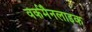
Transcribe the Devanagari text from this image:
वर्कमैनलाइक